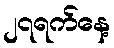
၂၇ရက်နေ့